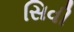
સિવી